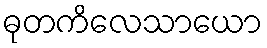
ဓုတကိလေသာယော